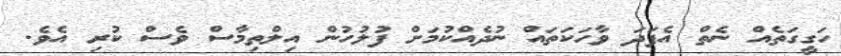
ހަގީގަތެއް ނެތް އެފަދަ ވާހަކަތައް ނުދެއްކުމަށް ފުލުހުން އިލްތިމާސް ވެސް ކުރި އެވެ.